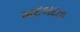
ખદબદતા